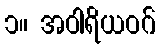
၁။ အဝါရိယဝဂ်